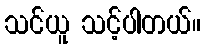
သင်ယူ သင့်ပါတယ်။